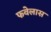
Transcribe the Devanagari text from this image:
फवेलास